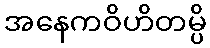
အနေကဝိဟိတမ္ပိ